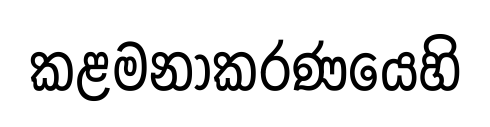
කළමනාකරණයෙහි